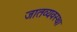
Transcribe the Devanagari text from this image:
जातव्यवस्था